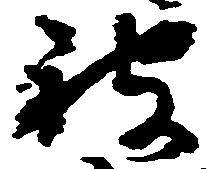
被